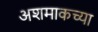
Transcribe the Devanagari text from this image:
अशमाकच्या